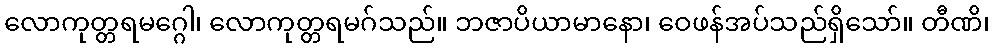
လောကုတ္တရမဂ္ဂေါ၊ လောကုတ္တရမဂ်သည်။ ဘဇာပိယာမာနော၊ ဝေဖန်အပ်သည်ရှိသော်။ တီဏိ၊